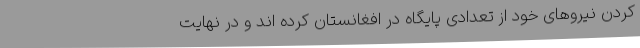
کردن نیروهای خود از تعدادی پایگاه در افغانستان کرده اند و در نهایت